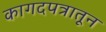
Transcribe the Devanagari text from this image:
कागदपत्रातून